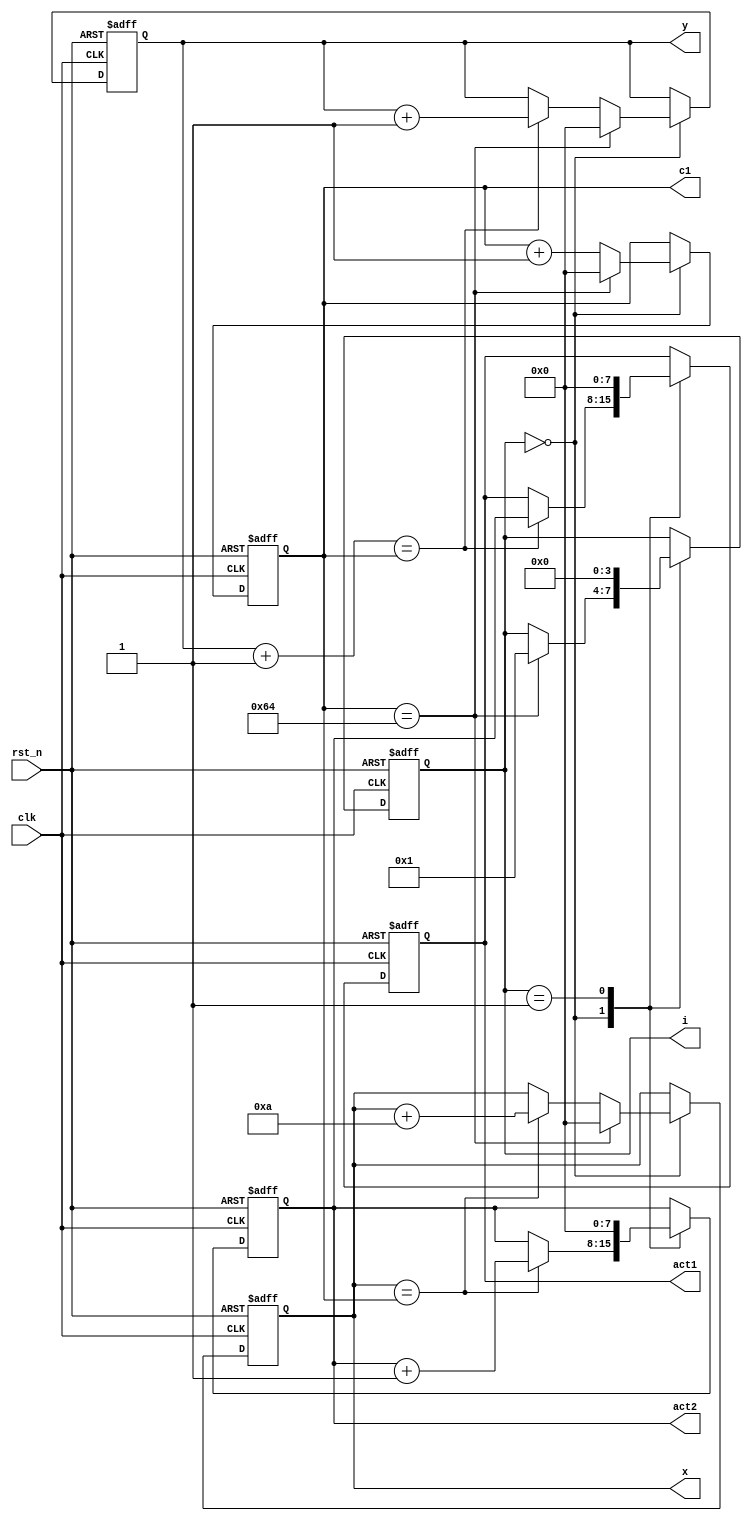
/*


for(x = 0; x <10; x++)
{
    act2++;

    for(y = 0; y < 10; y++)
        act1 = act2;
}
*/

module exp1_8c
(
    input clk,
    input rst_n,
    
    output reg [7:0] c1,
    output reg [7:0] x,
    output reg [7:0] y,
    output reg [7:0] act1,
    output reg [7:0] act2,
    output reg [3:0] i
);

    always @(posedge clk or negedge rst_n)
    begin
        if(~rst_n)
        begin
            c1 <= 8'd0;
            x <= 8'd0;
            y <= 8'd0;
            act1 <= 8'd0;
            act2 <= 8'd0;
            i <= 4'd0;
        end
        else
        begin
            
            case(i)
                
                0:
                begin
                    if(x == c1)
                    begin
                        x <= x + 8'd10;
                        // act2 <= (x != 101-1) ? act2 + 1'b1 : act2; //act2,
                        act2 <= act2 + 1'b1;
                    end
                    
                    if(y+1 == c1)
                    begin
                        y <= y + 1'b1;
                        act1 <= act2;
                    end
                    
                    if(c1 == 101-1)
                    begin
                        i <= 4'd1;
                        c1 <= 8'd0;
                        x <= 8'd0;
                        y <= 8'd0;
                    end
                    else
                        c1 <= c1 + 1'b1;
                end
                
                1:
                begin
                    act1 <= 8'd0;
                    act2 <= 8'd0;
                    i <= 4'd0;
                end
                
            endcase
        end
    end
    
endmodule